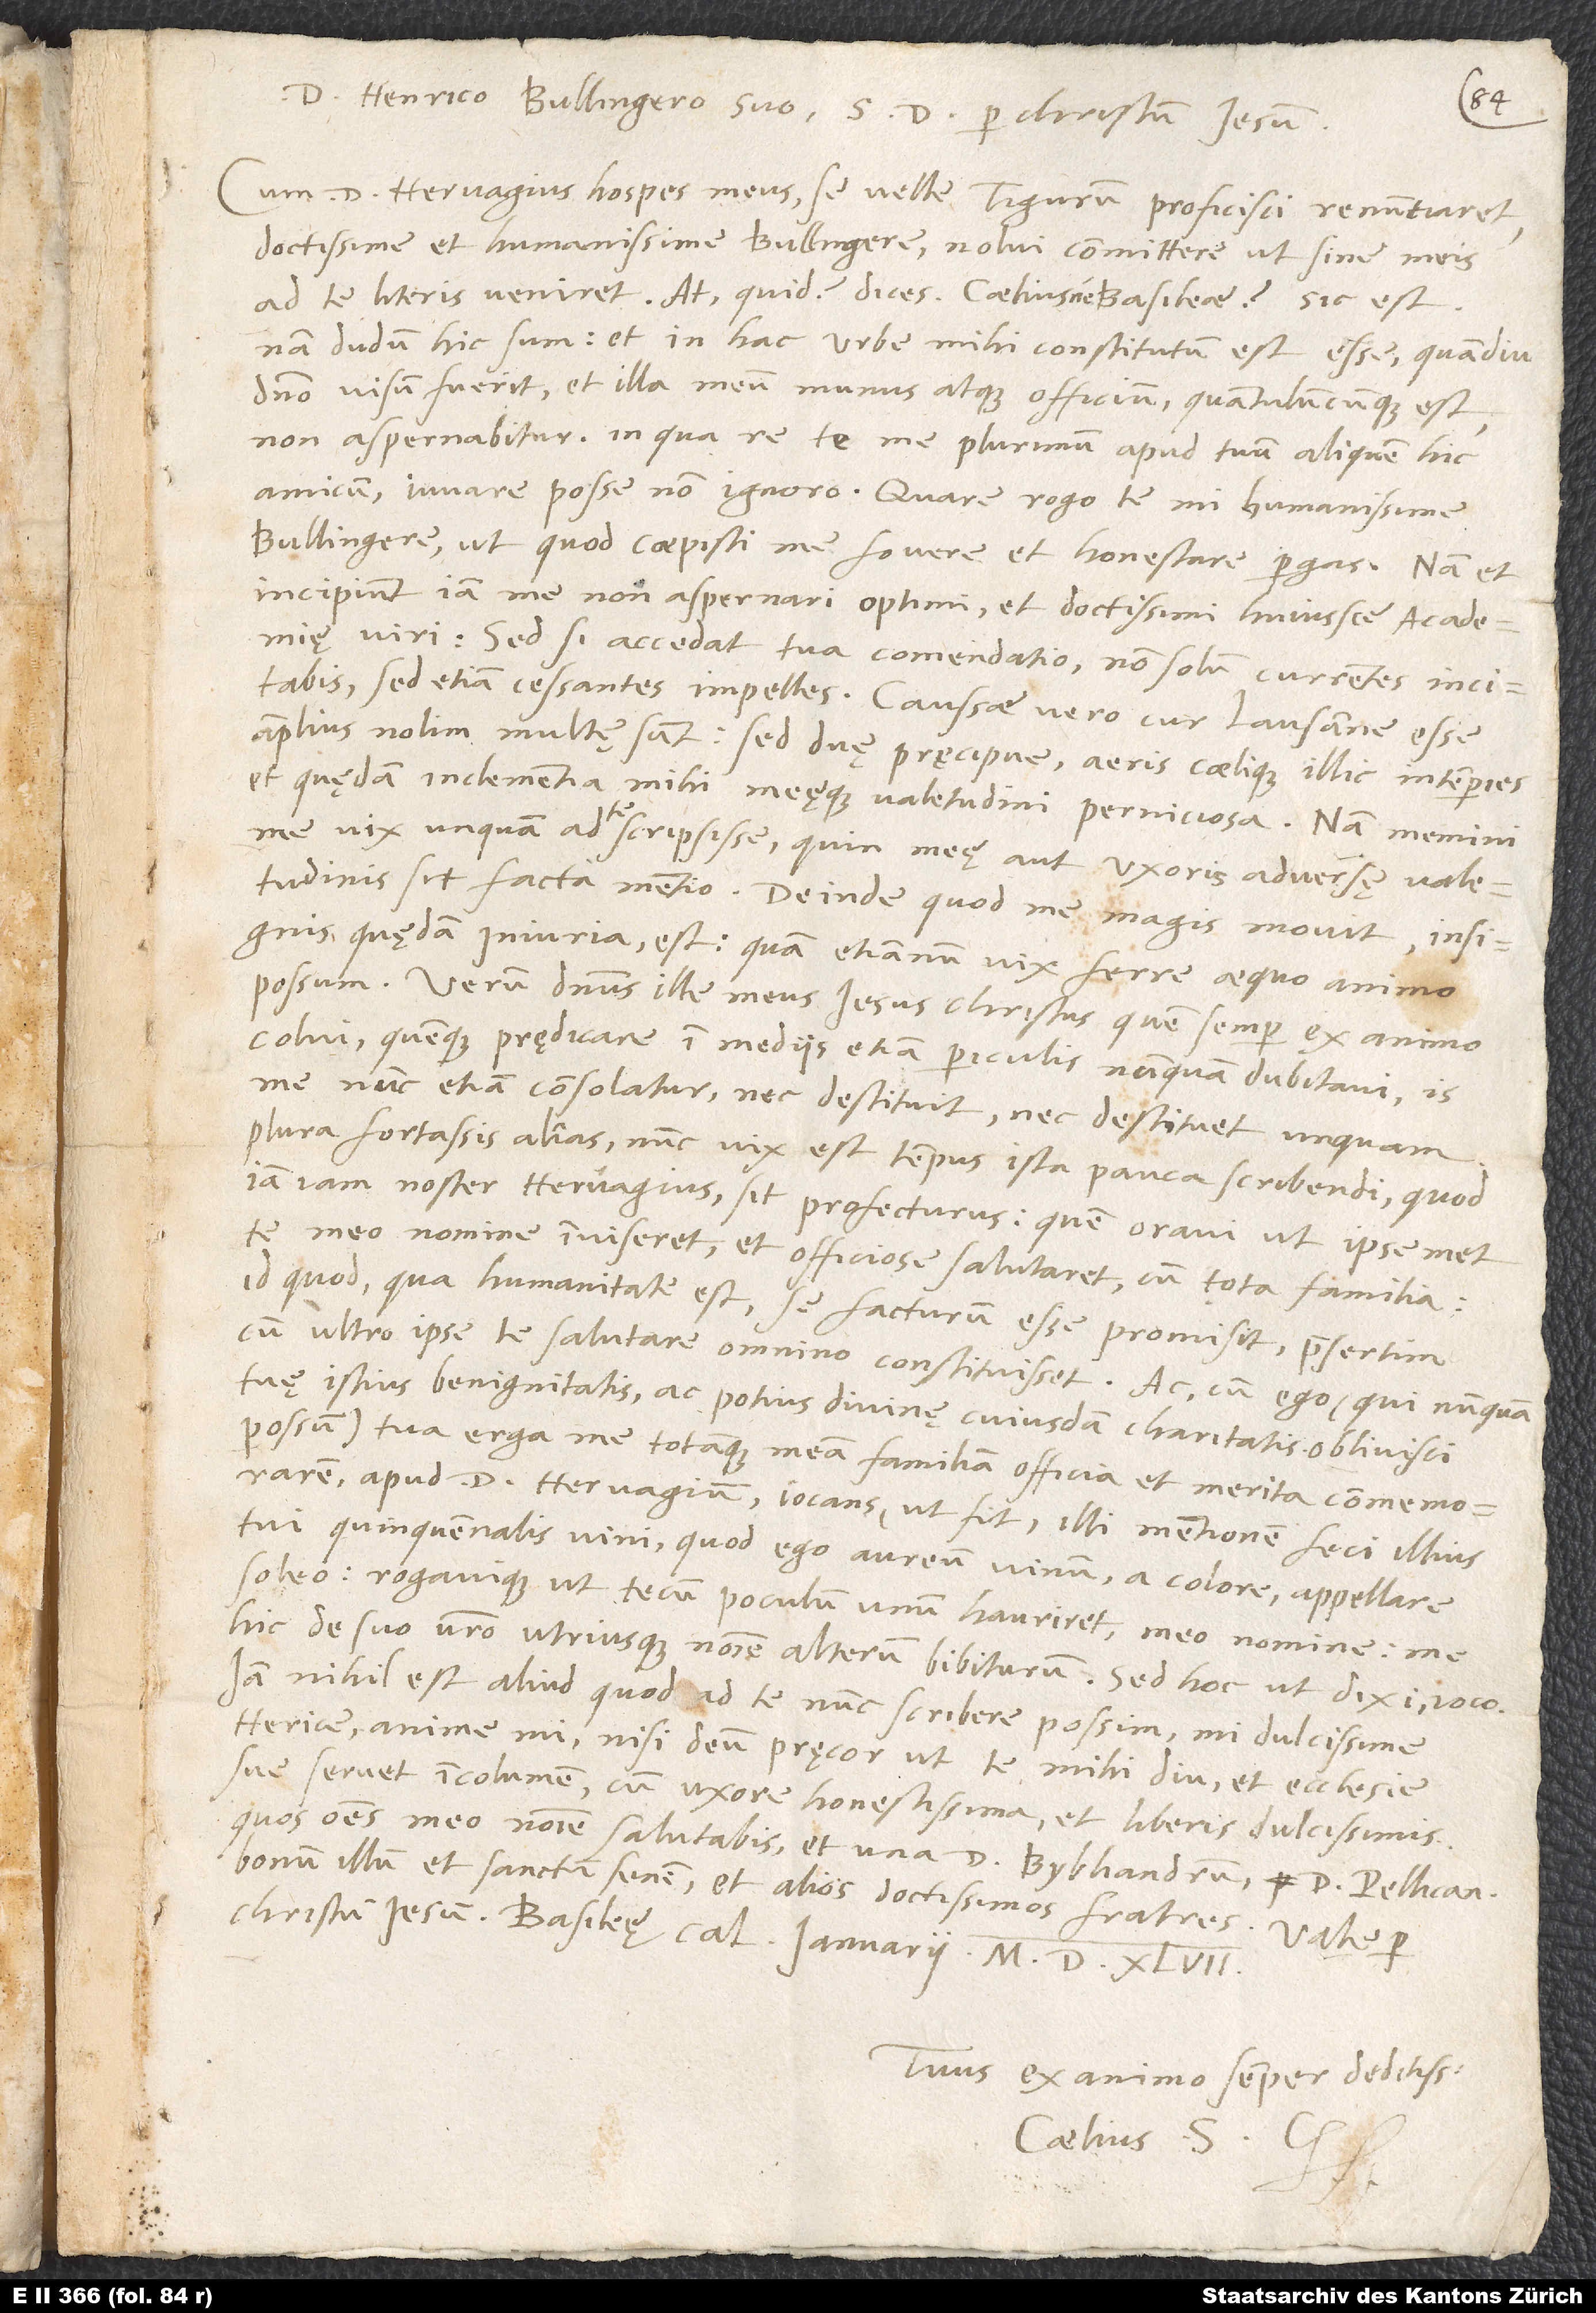
D. Henrico Bullingero suo S. D. per Christum Iesum.
Cum d. Hervagius, hospes meus, se velle Tigurum proficisci renuntiaret,
doctissime et humanissime Bullingere, nolui committere, ut sine meis
ad te literis veniret. At quid dices? Caeliusne Basileae? Sic est!
Nam dudum hic sum et in hac urbe mihi constitutum est esse, quamdiu
domino visum fuerit et illa meum munus atque officium, quantulumcunque est,
non aspernabitur. In qua re te me plurimum apud tuum aliquem hic
amicum iuvare posse non ignoro. Quare rogo te, mi humanissime
Bullingere, ut, quod coepisti, me fovere et honestare pergas. Nam et
incipiunt iam me non aspernari optimi et doctissimi huiusce academię
viri; sed, si accedat tua comendatio, non solum currentes incitabis,
sed etiam cessantes impelles. Caussae vero, cur Lausanne esse
amplius nolim, multę sunt, sed duę pręcipue: aeris caelique illic intemperies
et quędam inclementia mihi meęque valetudini perniciosa (nam memini
me vix unquam ad te scripsisse, quin meę aut uxoris adversę valetudinis
sit facta mentio); deinde, quod me magis movit, insignis
quędam iniuria est, quam etiamnum vix ferre aequo animo
possum. Verum dominus ille, meus Iesus Christus, quem semper ex animo
colui quemque prędicare in mediis etiam periculis nunquam dubitavi, is
me nunc etiam consolatur nec destituit, nec destituet unquam.
Plura fortassis alias. Nunc vix est tempus ista pauca scribendi, quod
iamiam noster Hervagius sit profecturus; quem oravi, ut ipsemet
te meo nomine inviseret et officiose salutaret cum tota familia.
Id quod, qua humanitate est, se facturum esse promisit, presertim
cum ultro ipse te salutare omnino constituisset. Ac, cum ego (qui nunquam
tuę istius benignitatis ac potius divinę cuiusdam charitatis oblivisci
possum) tua erga me totamque meam familiam officia et merita commemorarem
apud d. Hervagium, iocans, ut fit, illi mentionem feci illius
tui quinquennalis vini, quod ego aureum vinum a colore appellare
soleo, rogavique, ut tecum poculum unum hauriret meo nomine, me
hic de suo vestro utriusque nomine alterum bibiturum. Sed hoc, ut dixi, ioco.
Iam nihil est aliud, quod ad te nunc scribere possim, mi dulcissime
Henrice, anime mi, nisi deum pręcor, ut te mihi diu et ecclesie
sue servet incolumem cum uxore honestissima et liberis dulcissimis,
quos omnes meo nomine salutabis et una d. Bybliandrum, d. Pellicanum,
bonum illum et sanctum senem, et alios doctissimos fratres. Vale per
Christum Iesum. Basileę, calendis ianuarii 1547.
Tuus ex animo semper deditissimus
Caelius S.